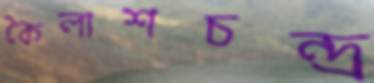
কৈলাশচন্দ্র